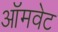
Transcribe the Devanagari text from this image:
ऑमवेट